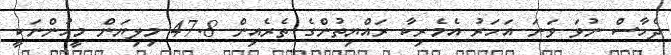
ދެހާސް ނުވަ ވަނަ އަހަރު އެމެރިކާ ރައްޔިތުންގެ ތެރެއިން 47.8 މިލިޔަން މީހުންނަކީ